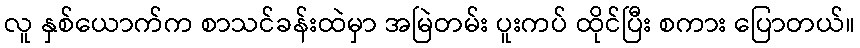
လူ နှစ်ယောက်က စာသင်ခန်းထဲမှာ အမြဲတမ်း ပူးကပ် ထိုင်ပြီး စကား ပြောတယ်။